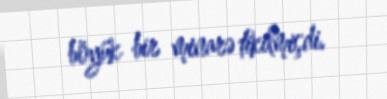
böyük bir minarə tikilmişdi.